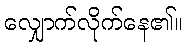
လျှောက်လိုက်နေ၏။